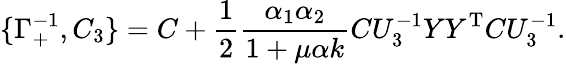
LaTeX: \{ \Gamma_{+}^{-1},C_{3}\} =C+\frac{1}{2}\frac{\alpha_{1}\alpha_{2}}{1+\mu\alpha k}CU_{3}^{-1}YY^{\mathrm{T}}CU_{3}^{-1}.